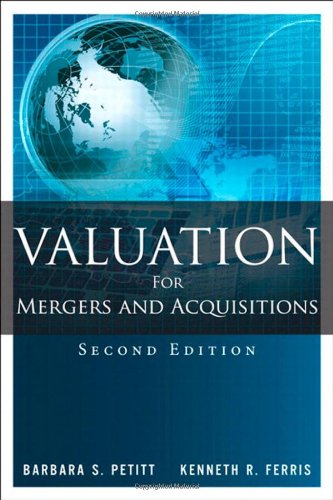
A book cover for Valuation for Mergers and Acquisitions (2nd Edition); Barbara S. Petitt; Business & Money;